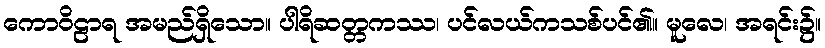
ကောဝိဠာရ အမည်ရှိသော။ ပါရိဆတ္တကဿ၊ ပင်လယ်ကသစ်ပင်၏။ မူလေ၊ အရင်း၌။